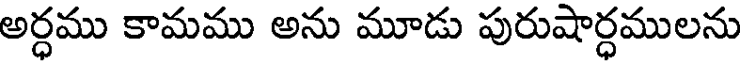
అర్ధము కామము అను మూడు పురుషార్ధములను